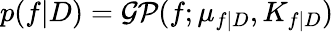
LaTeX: p(f|D)=\mathcal{GP}(f;\mu_{f|D},K_{f|D})